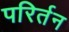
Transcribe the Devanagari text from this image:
परिर्तन